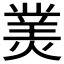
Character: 𤎀